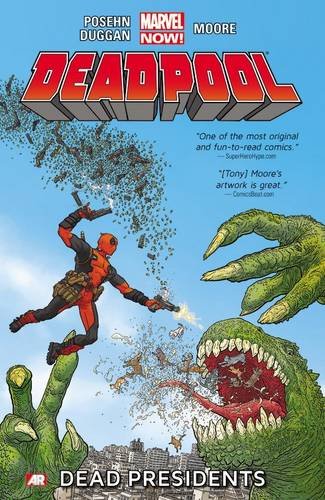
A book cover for Deadpool, Vol. 1: Dead Presidents; Brian Posehn; Comics & Graphic Novels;